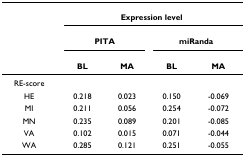
<table><thead><tr><td></td><td colspan="4"><b>Expression level</b></td></tr><tr><td></td><td colspan="2"><b>PITA</b></td><td colspan="2"><b>miRanda</b></td></tr><tr><td></td><td><b>BL</b></td><td><b>MA</b></td><td><b>BL</b></td><td><b>MA</b></td></tr></thead><tbody><tr><td>RE-score</td><td></td><td></td><td></td><td></td></tr><tr><td>HE</td><td>0.218</td><td>0.023</td><td>0.150</td><td>-0.069</td></tr><tr><td>MI</td><td>0.211</td><td>0.056</td><td>0.254</td><td>-0.072</td></tr><tr><td>MN</td><td>0.235</td><td>0.089</td><td>0.201</td><td>-0.085</td></tr><tr><td>VA</td><td>0.102</td><td>0.015</td><td>0.071</td><td>-0.044</td></tr><tr><td>WA</td><td>0.285</td><td>0.121</td><td>0.251</td><td>-0.055</td></tr></tbody></table>